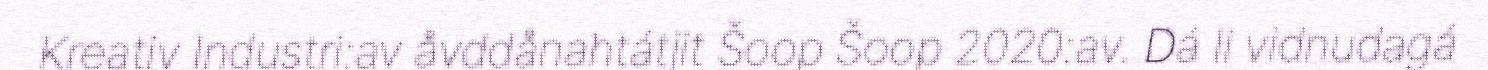
Kreativ Industri:av åvddånahtátjit Šoop Šoop 2020:av. Dá li vidnudagá